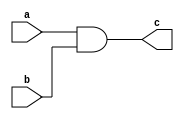
module and1(output c, input a, b);
  wire c1;
  nand(c1, a, b);
  nand(c, c1);
endmodule

module or1(output c, input a, input b);
  wire a1, b1;
  nand(a1, a);
  nand(b1, b);
  nand(c, a1, b1);
endmodule

module xor1(output c, input a, input b);
  wire c1, c2;
  nand(c1, a, b);
  or1 or_1(c2, a, b);
  and1 and_1(c, c1, c2);
endmodule

module halfadder(output s, c, input a, b);
  xor1 sum(s, a, b);
  and1 carry(c, a, b);
endmodule

module fulladder(output s, c, input a, b, cin);
  wire e, c1, c2;
  halfadder ha1(e, c1, a, b);
  halfadder ha2(s, c2, e, cin);
  or1 cout(c, c1, c2);
endmodule

module add_4(output [3:0] s, output c1, input [3:0] a, b, input cin);
  wire [2:0] c;
  fulladder f0(s[0], c[0], a[0], b[0], cin);
  fulladder f1(s[1], c[1], a[1], b[1], c[0]);
  fulladder f2(s[2], c[2], a[2], b[2], c[1]);
  fulladder f3(s[3], c1, a[3], b[3], c[2]);
endmodule

module add_16(output [15:0] s, input [15:0] a, b);
  wire [3:0] c;
  add_4 a1(s[3:0], c[0], a[3:0], b[3:0], 1'b0);
  add_4 a2(s[7:4], c[1], a[7:4], b[7:4], c[0]);
  add_4 a3(s[11:8], c[2], a[11:8], b[11:8], c[1]);
  add_4 a4(s[15:12], c[3], a[15:12], b[15:12], c[2]);
endmodule

module neg_16(output [15:0] o, input [15:0] a);
  nand n1 [15:0] (o, a);
endmodule

module mux_16(output [15:0] o, input s, input [15:0] i0, i1);
  wire s1;
  wire [15:0] a1, a2;
  nand(s1, s);
  and1 and_1 [15:0] (a1, s1, i0);
  and1 and_2 [15:0] (a2, s, i1);
  or1 or_1 [15:0] (o, a1, a2);
endmodule

module circuitII(out,zr,ng,x,y,zx,nx,zy,ny,f,f1,no);

output [15:0] out;
output zr,ng;
input [15:0] x,y;
input zx,nx,zy,ny,f,f1,no;

  wire [15:0] px1, px2, py1, py2, py3, x1, y1, xpy, xy, fxy, o1, zr0;
  wire zr1, zx1, zy1, c;
  nand(zx1, zx);
  nand(zy1, zy);
  and1 azx [15:0] (px1, x, zx1);
  xor1 xnx [15:0] (px2, px1, nx);
  and1 azy [15:0] (py1, y, zy1);
  xor1 xny [15:0] (py2, py1, ny);
  mux_16 m128(py3, f1, y, 16'b0000000010000000);
  add_16 a1(xpy, px2, py3);
  and1 axy [15:0] (xy, px2, py3);
  mux_16 mf(fxy, f, xy, xpy);
  xor1 xno [15:0] (out, fxy, no);
  neg_16 n3(zr0, out);
  nand(zr1, zr0[0], zr0[1], zr0[2], zr0[3], zr0[4], zr0[5], zr0[6], zr0[7], zr0[8], zr0[9], zr0[10], zr0[11], zr0[12], zr0[13], zr0[14], zr0[15]);
  nand(zr, zr1);
  nand(ng, zr0[15]);

endmodule